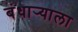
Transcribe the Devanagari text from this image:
बंधार्‍याला